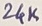
Text: 24K